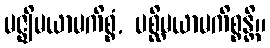
မဇ္ဈိမယာမကိစ္စံ, ပစ္ဆိမယာမကိစ္စန္တိ။